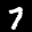
Label: 7